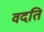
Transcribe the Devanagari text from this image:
वदति